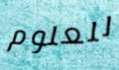
للعلوم